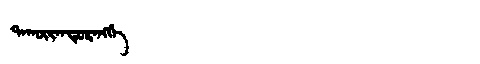
Manchu: ᡨᠠᡴᡡᡵᠠᠨᡩᡠᡵᠠᠩᡤᡝ
Romanization: TAKŪRANDURANGGE